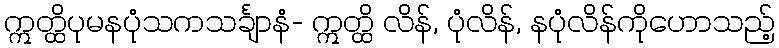
ဣတ္ထိပုမနပုံသကသင်္ချာနံ- ဣတ္ထိ လိန်, ပုံလိန်, နပုံလိန်ကိုဟောသည့်